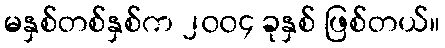
မနှစ်တစ်နှစ်က ၂၀၀၄ ခုနှစ် ဖြစ်တယ်။